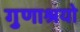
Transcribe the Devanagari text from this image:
गुणाश्रयो